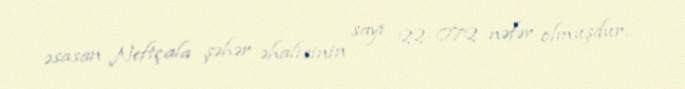
əsasan Neftçala şəhər əhalisinin sayı 22 072 nəfər olmuşdur.